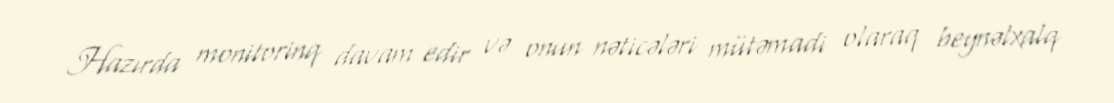
Hazırda monitorinq davam edir və onun nəticələri mütəmadi olaraq beynəlxalq